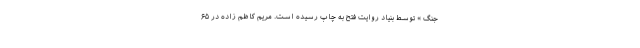
جنگ » توسط بنیاد روایت فتح به چاپ رسیده است. مریم کاظم زاده در ۶۵